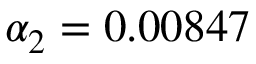
\alpha _ { 2 } = 0 . 0 0 8 4 7